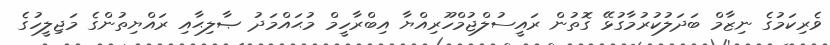
ވެރިކަމުގެ ނިޒާމް ބަދަލުކުރުމާގުޅޭ ގޮތުން ރައީސުލްޖުމްހޫރިއްޔާ އިބްރާހީމް މުޙައްމަދު ޞާލިޙާއި ރައްޔިތުންގެ މަޖިލީހުގެ